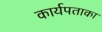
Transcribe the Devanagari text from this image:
कार्यपताका